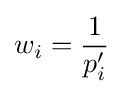
w_{i}={\frac {1}{p_{i}'}}